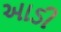
આડી